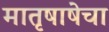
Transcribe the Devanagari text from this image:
मातृषाषेचा